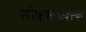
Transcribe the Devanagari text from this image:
संरक्षणव्यवस्था